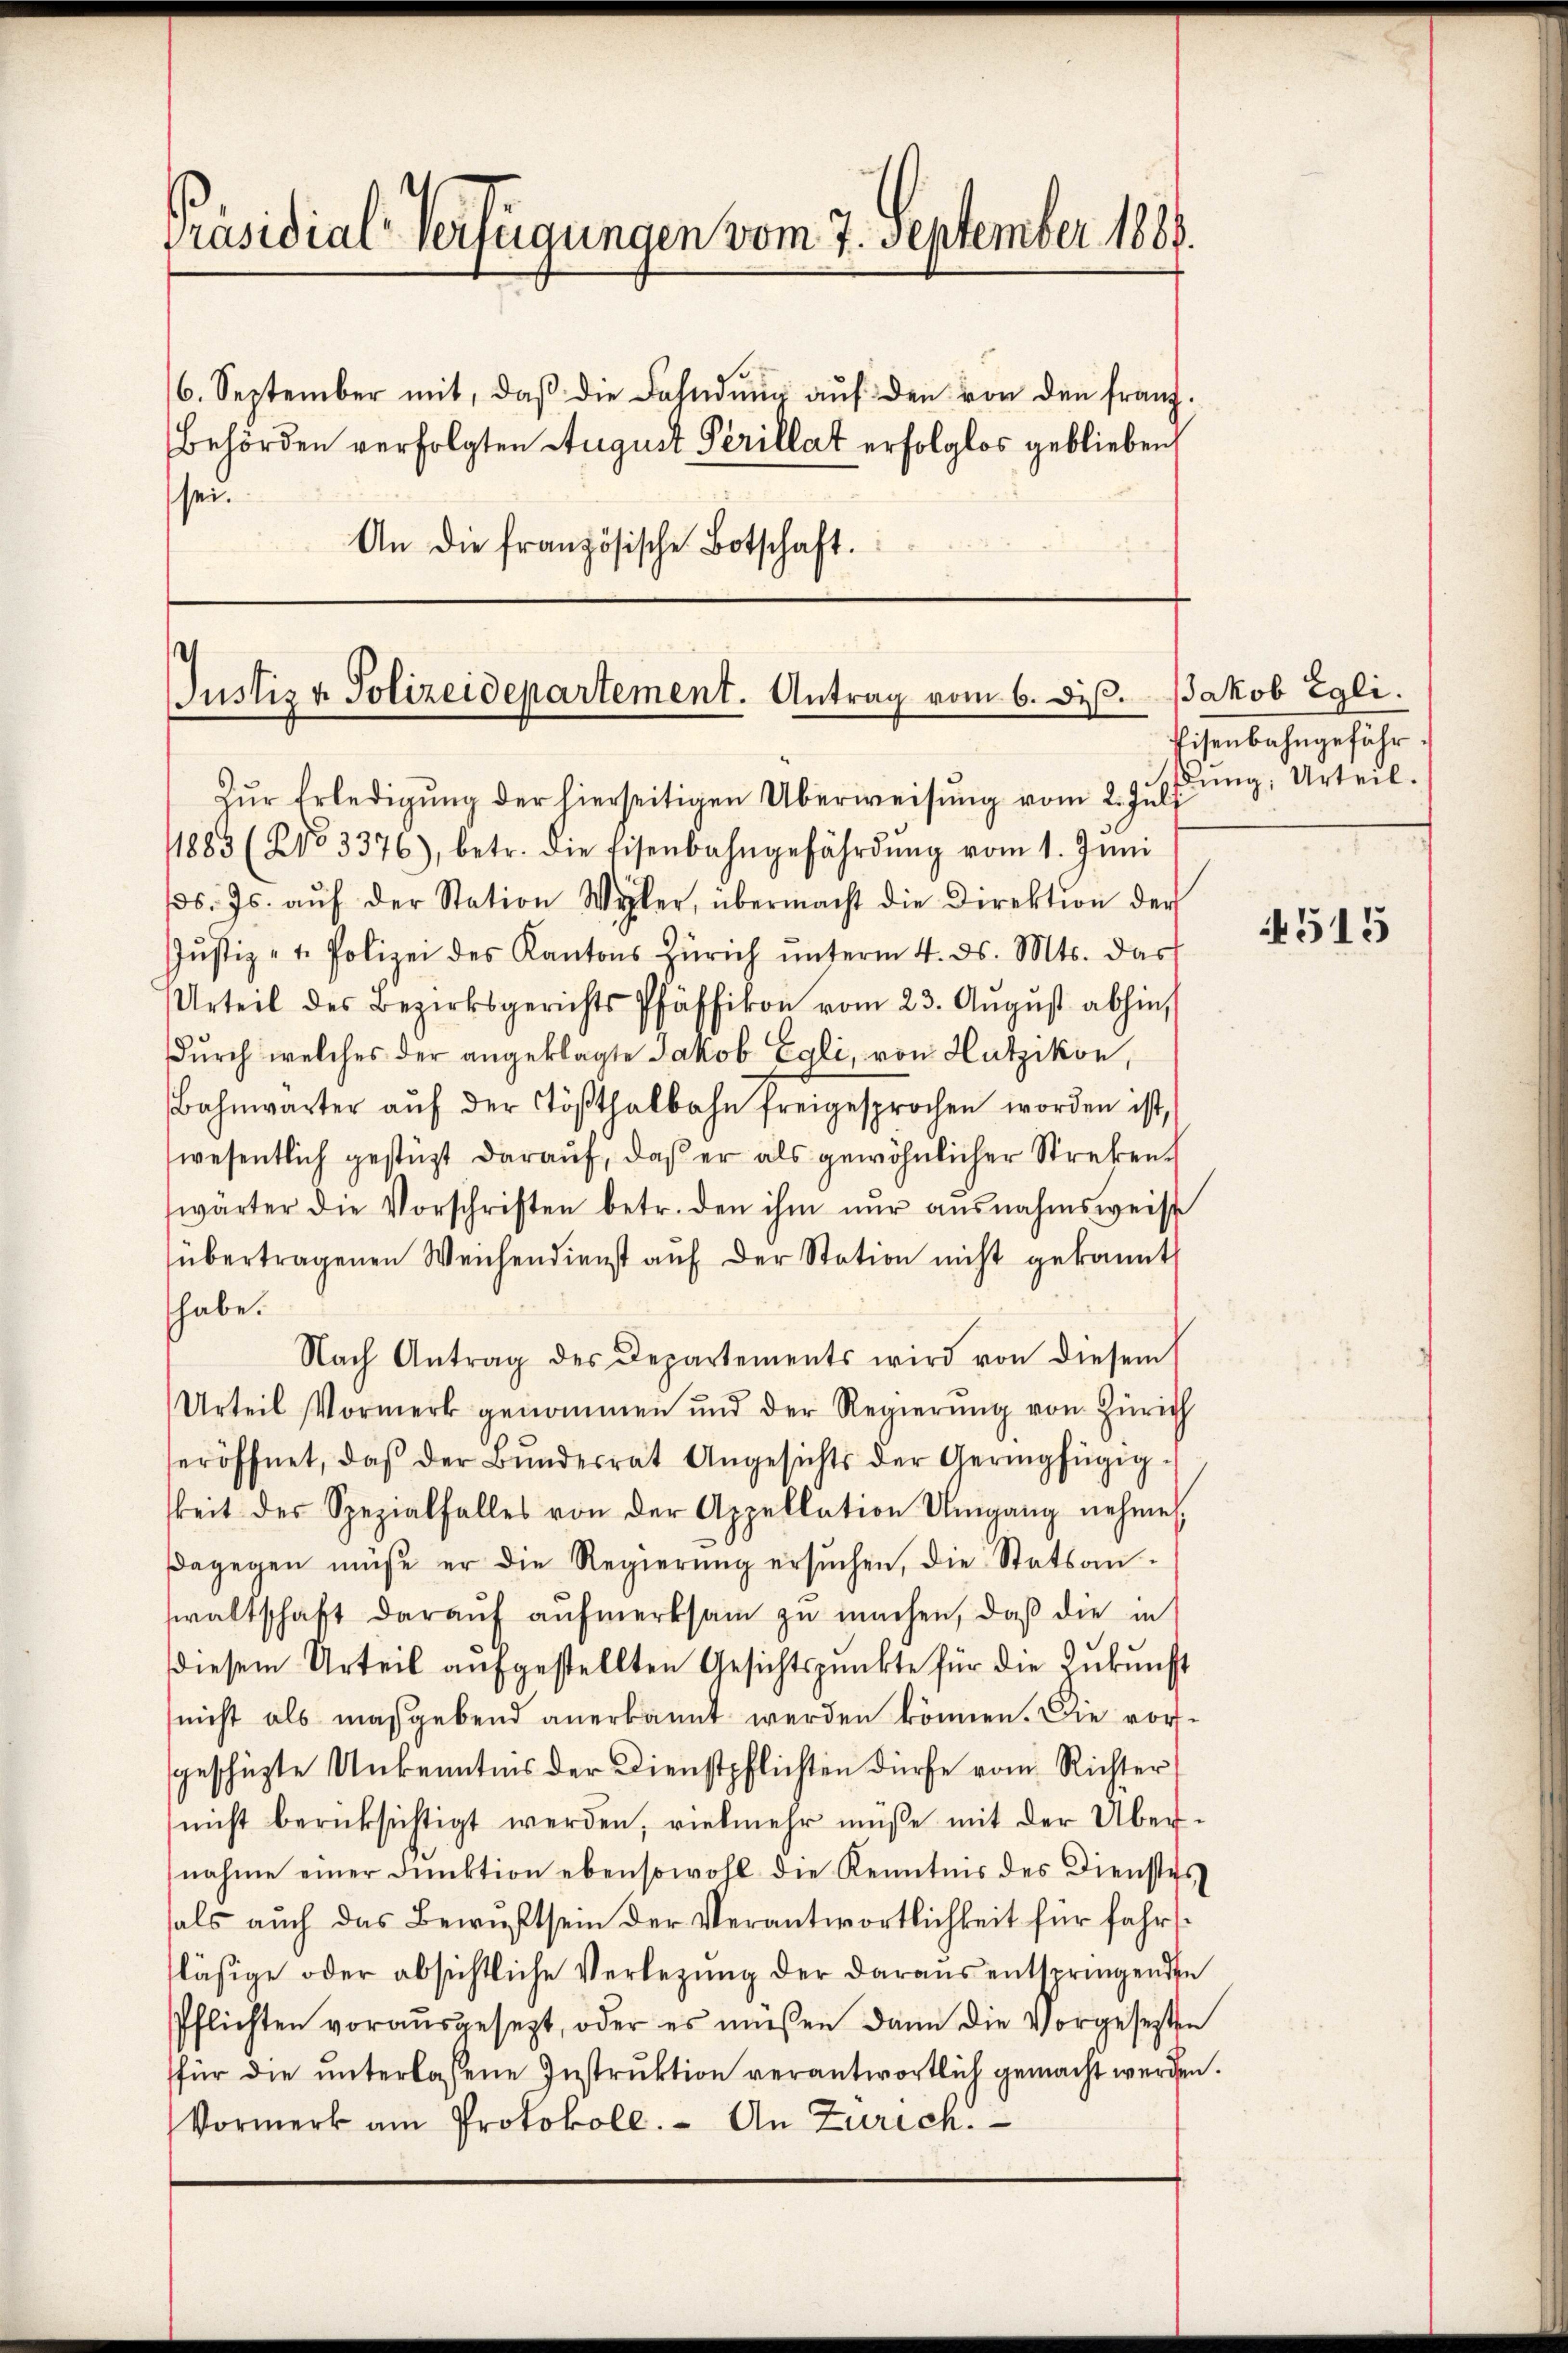
Präsidial-Verfügungen vom 7. September 1888.
6. September mit, daβ die Fahndŭng aŭf den von den franz.
Behörden verfolgten August Perillat erfolglos geblieben,
ssen
An die französische Botschaft.

Justiz & Polizeidepartement. Antrag vom 6. Dez.
Zŭr Erledigŭng der hierseitigen Überweisŭng vom 2. Juli

Jakob Egli.
Eisenbahngefähr.
dung, Urteil.

1885 (203376), betr. die Eisenbahngefährdŭng vom 1. Jŭni
s. Js. aŭf der Station Wyler, übermacht die Direktion der
Jŭstiz - t. Polizei des Kantons Zürich ŭnterm 4. ds. Mts. das
Urteil des Bezirksgerichts Pfäffikon vom 23. Aŭgŭst abhin,
dŭrch welches der angeklagte Jakob Egli, von Hutzikon,
Bahnwärter aŭf der Tößthalbahn freigesprochen worden ist,
wesentlich gestüzt darauf, daß er als gewöhnlicher Strekenwärter die Vorschriften betr. den ihm nur ausnahmsweise
übertragenen Weichendienst auf der Station nicht gekannt
habe.
Nach Antrag des Departements wird von diesem
Urteil Vormerk genommen und der Regierŭng von Zürich
seröffnet, daβ der Bŭndesrat Angesichts der Geringfügig-
keit des Spezialfalles von der Appellation Umgang nehme
dagegen müße er die Regierŭng ersŭchen, die Statsan-
waltschaft daraŭf aŭfmerksam zu machen, daß die in
diesem Urteil aufgestellten Gesichtspunkte für die Zukunft
(nicht als maßgebend anerkannt werden können. Die vorgeschüzte Unkenntnis der Dienstpflichten dürfe vom Richter
nicht berücksichtigt werden, vielmehr müße mit der Übernahme einer dunktion ebensowohl die Kenntnis des Dienstes
fals auch das Berichtsein der Verantwortlichkeit für fahrsläsige oder absichtliche Verletzung der daraus entspringenden
Pflichten vorausgesezt, oder es müssen dann die Vorgesezten
für die ŭnterlassene Instruktion verantwortlich gemacht werden.
Vormerk am Protokoll. An Zürich.

4515